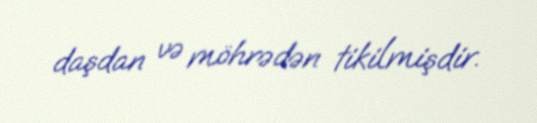
daşdan və möhrədən tikilmişdir.